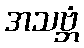
အသဗ္ဘံ